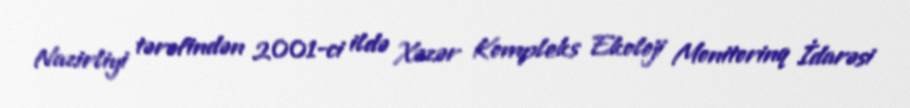
Nazirliyi tərəfindən 2001-ci ildə Xəzər Kompleks Ekoloji Monitorinq İdarəsi